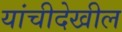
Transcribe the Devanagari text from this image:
यांचीदेखील